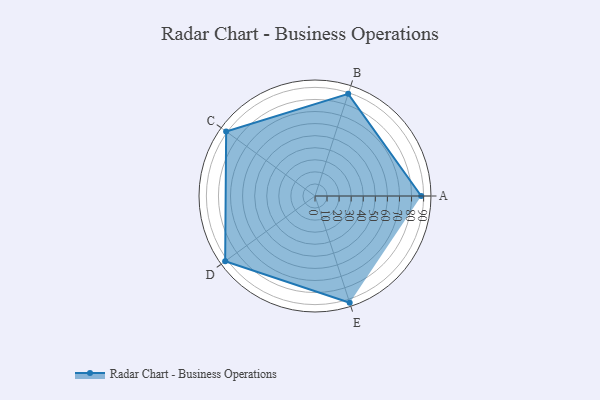
{"axis": {"x": "Skill", "y": "Score"}, "legend": ["Profile"], "data": [{"x": "A", "y": 88.0, "type": "Profile"}, {"x": "B", "y": 89.0, "type": "Profile"}, {"x": "C", "y": 91.0, "type": "Profile"}, {"x": "D", "y": 92.0, "type": "Profile"}, {"x": "E", "y": 93.0, "type": "Profile"}]}